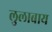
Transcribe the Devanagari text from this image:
लुलाबाय